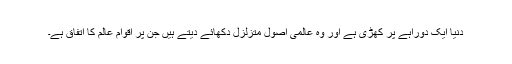
دنیا ایک دوراہے پر کھڑی ہے اور وہ عالمی اصول متزلزل دکھائے دیتے ہیں جن پر اقوام عالم کا اتفاق ہے۔